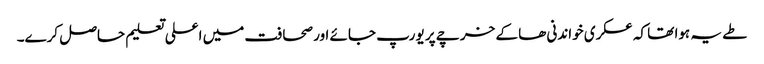
طے یہ ہوا تھا کہ عسکری خواندنی ھا کے خرچے پر یورپ جائے اور صحافت میں اعلی تعلیم حاصل کرے۔